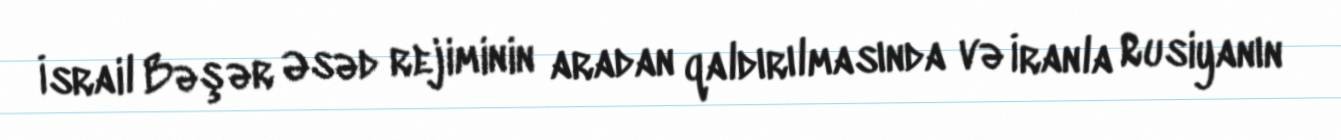
İsrail Bəşər Əsəd rejiminin aradan qaldırılmasında və İranla Rusiyanın